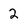
Character: 2